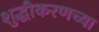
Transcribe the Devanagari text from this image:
शुद्धीकरणच्या